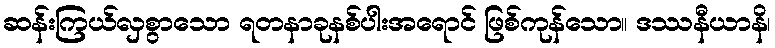
ဆန်းကြယ်လှစွာသော ရတနာခုနစ်ပါးအရောင် ဖြစ်ကုန်သော။ ဒဿနီယာနိ၊